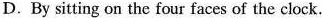
D.By sitting on the four faces of the clock.